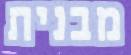
מבנית